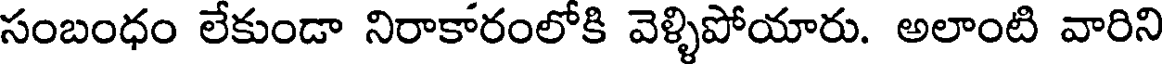
సంబంధం లేకుండా నిరాకారంలోకి వెళ్ళిపోయారు. అలాంటి వారిని